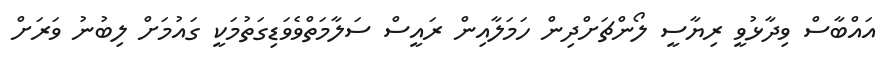
އައްބާސް ވިދާޅުވީ ރިޔާސީ ލޯންޗަށްދިން ހަމަލާއިން ރައީސް ސަލާމަތްވެވަޑިގަތުމަކީ ގައުމަށް ލިބުނު ވަރަށް